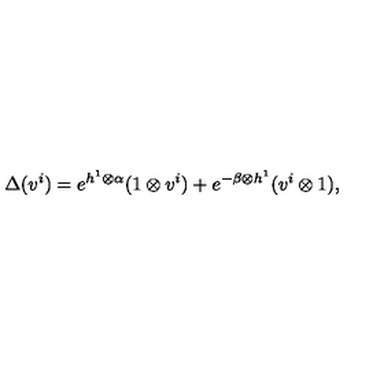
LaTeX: \Delta ( v ^ { i } ) = e ^ { h ^ { 1 } \otimes \alpha } ( 1 \otimes v ^ { i } ) + e ^ { - \beta \otimes h ^ { 1 } } ( v ^ { i } \otimes 1 ) ,